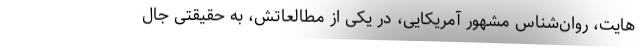
هایت، روان‌شناس مشهور آمریکایی، در یکی از مطالعاتش، به حقیقتی جال